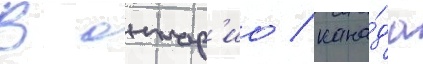
В онтар'ио / кана́да